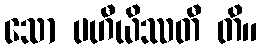
သော ပဟီယိဿတီ တိ။